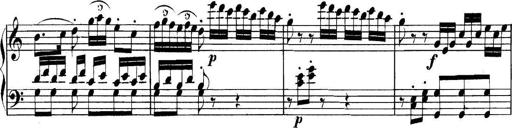
Title: Collected Piano Sonatas
Composer: Muzio Clementi